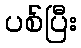
ပစ်ပြီး